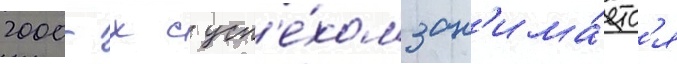
2000-х с усп'е́хом зан'има́етс'я